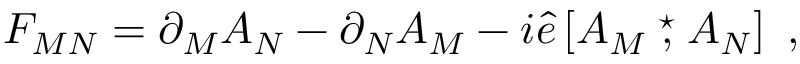
{ \cal F } _ { M N } = \partial _ { M } { \cal A } _ { N } - \partial _ { N } { \cal A } _ { M } - i \hat { e } \left[ { \cal A } _ { M } \stackrel { \star } { , } { \cal A } _ { N } \right] \ ,